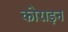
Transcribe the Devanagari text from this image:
कोराइन